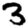
Digit: 3